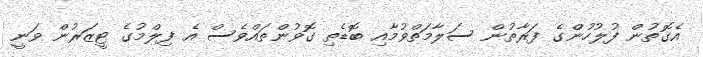
އެގޮތުން ފުލުހުންގެ ފަރާތުން ސަލާމަތްވުމާއި ބޮޑެތި ގޮވުންތައްވެސް އެ ފިލްމުގެ ޓީޒަރުން ވަނީ